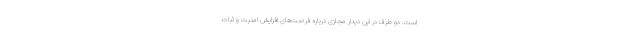
است. دو طرف در این دیدار مجازی درباره فرصت‌های افزایش امنیت و ثبات